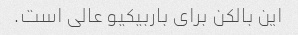
این بالکن برای باربیکیو عالی است.